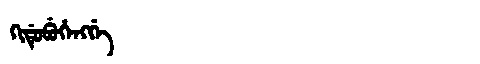
Manchu: ᡴᡳᡩᡠᠪᡠᡥᡝᠩᡤᡝ
Romanization: KIDUBUHENGGE